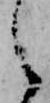
之